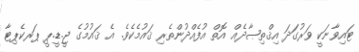
ޓައިވާނަކީ ވަރުގަދަ އިޤްތިޞާދެއް އޮތް އުފެއްދުންތެރި ޤައުމެކެވެ. އެ ޤައުމުގެ ޖީ.ޑީ.ޕީ ޕަރކެޕިޓާ